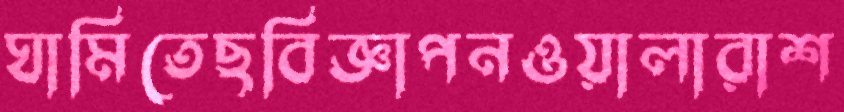
ঘামিতেছবিজ্ঞাপনওয়ালারাশ